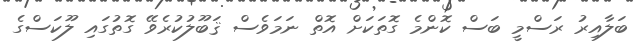
ބަލާއިރު ރަސްމީ ބަސް ކޮންމެ ގޮތަކަށް އޮތް ނަމަވެސް ޤަބޫލުކުރެވޭ ގޮތުގައި ލޫކަސްގެ